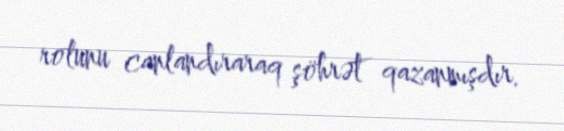
rolunu canlandıraraq şöhrət qazanmışdır.